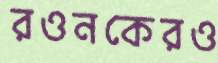
রওনকেরও